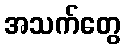
အသက်တွေ